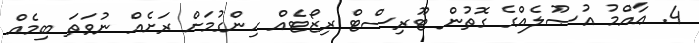
4. ޢާއްމު އުޞޫލެއްގެ ގޮތުން ޓޫރިސްޓް ރިޒޯޓެއް ހިންގުމަށް ރަށެއް ނުވަތަ ބިމެއް